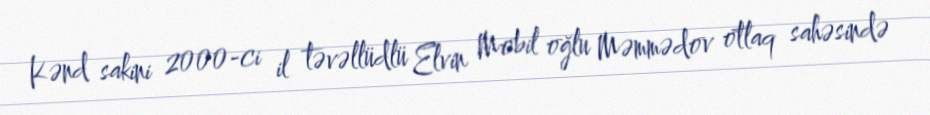
Kənd sakini 2000-ci il təvəllüdlü Elvin Mobil oğlu Məmmədov otlaq sahəsində